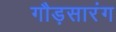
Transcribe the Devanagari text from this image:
गौड़सारंग